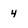
Character: 4